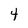
Character: 4